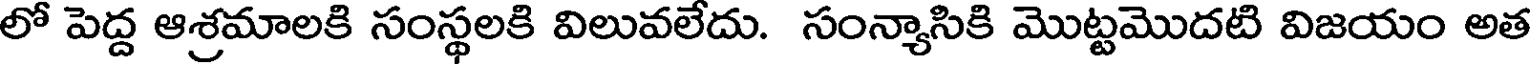
లో పెద్ద ఆశ్రమాలకి సంస్థలకి విలువలేదు. సంన్యాసికి మొట్టమొదటి విజయం అత